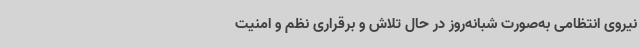
نیروی انتظامی به‌صورت شبانه‌روز در حال تلاش و برقراری نظم و امنیت